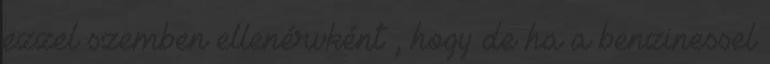
ezzel szemben ellenérvként , hogy de ha a benzinessel